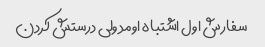
سفارش اول اشتباه اومد ولی درستش کردن